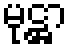
မုဋ္ဌာ